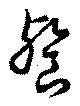
餐